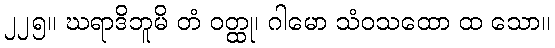
၂၂၅။ ဃရာဒိဘူမိ တံ ဝတ္ထု၊ ဂါမော သံဝသထော ထ သော။